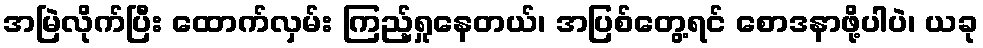
အမြဲလိုက်ပြီး ထောက်လှမ်း ကြည့်ရှုနေတယ်၊ အပြစ်တွေ့ရင် စောဒနာဖို့ပါပဲ၊ ယခု